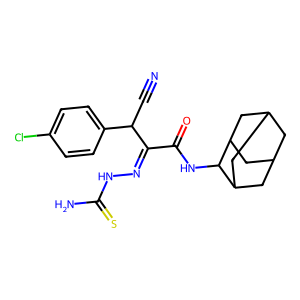
SMILES: N#CC(C(=NNC(N)=S)C(=O)NC1C2CC3CC(C2)CC1C3)c1ccc(Cl)cc1
Inhibits HIV replication: No